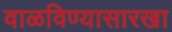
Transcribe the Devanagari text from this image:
वाळविण्यासारखा